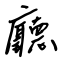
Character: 廳